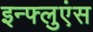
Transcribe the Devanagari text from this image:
इन्फ्लुएंस